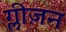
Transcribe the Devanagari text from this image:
ग्लीज़न